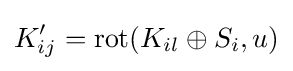
K'_{ij}=\operatorname {rot} (K_{il}\oplus S_{i},u)